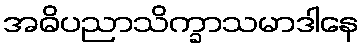
အဓိပညာသိက္ခာသမာဒါနေ